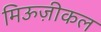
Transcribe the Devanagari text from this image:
मिऊज़ीकल